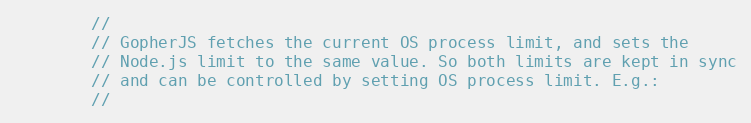
Language: Go
		//
		// GopherJS fetches the current OS process limit, and sets the
		// Node.js limit to the same value. So both limits are kept in sync
		// and can be controlled by setting OS process limit. E.g.:
		//